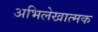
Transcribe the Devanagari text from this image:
अभिलेखात्मक